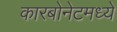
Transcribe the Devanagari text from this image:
कारबोनेटमध्ये